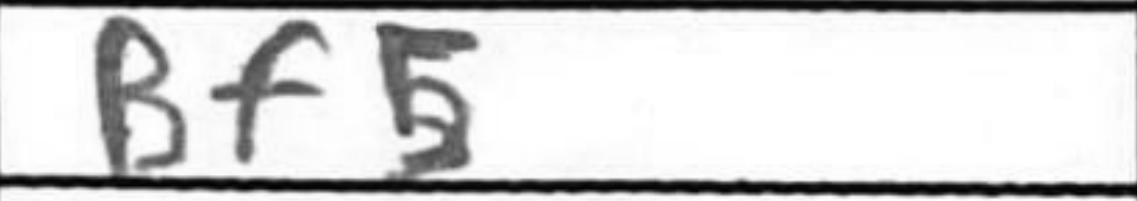
Transcription: Bf5